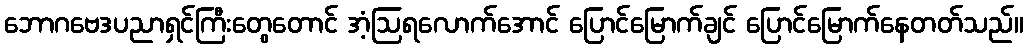
ဘောဂဗေဒပညာရှင်ကြီးတွေတောင် အံ့ဩရလောက်အောင် ပြောင်မြောက်ချင် ပြောင်မြောက်နေတတ်သည်။